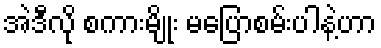
အဲဒီလို စကားမျိုး မပြောစမ်းပါနဲ့ဟာ